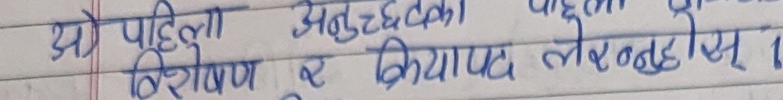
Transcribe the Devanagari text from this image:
यो पहिलो अनुच्छेदका शब्दहरू
विशेषण र क्रियापद लेख्नुहोस् ।